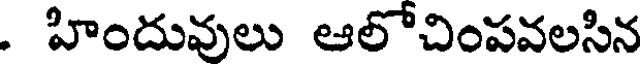
. హిందువులు ఆలోచింపవలసిన